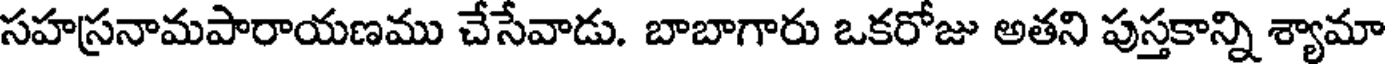
సహస్రనామపారాయణము చేసేవాడు. బాబాగారు ఒకరోజు అతని పుస్తకాన్ని శ్యామా